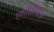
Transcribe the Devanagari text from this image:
एन्टीबॉयटिक